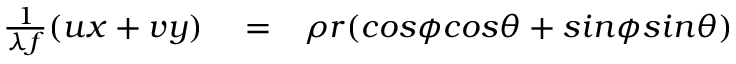
\begin{array} { r l r } { \frac { 1 } { \lambda f } ( u x + v y ) } & { { } = } & { \rho r ( c o s \phi c o s \theta + s i n \phi s i n \theta ) } \end{array}